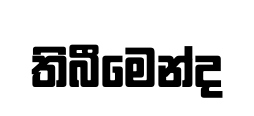
තිබීමෙන්ද